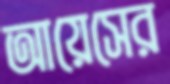
আয়েসের